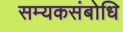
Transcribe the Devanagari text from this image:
सम्यकसंबोधि